Indian journal of veterinary science and animal husbandry - Volume 14,
Year: 1944
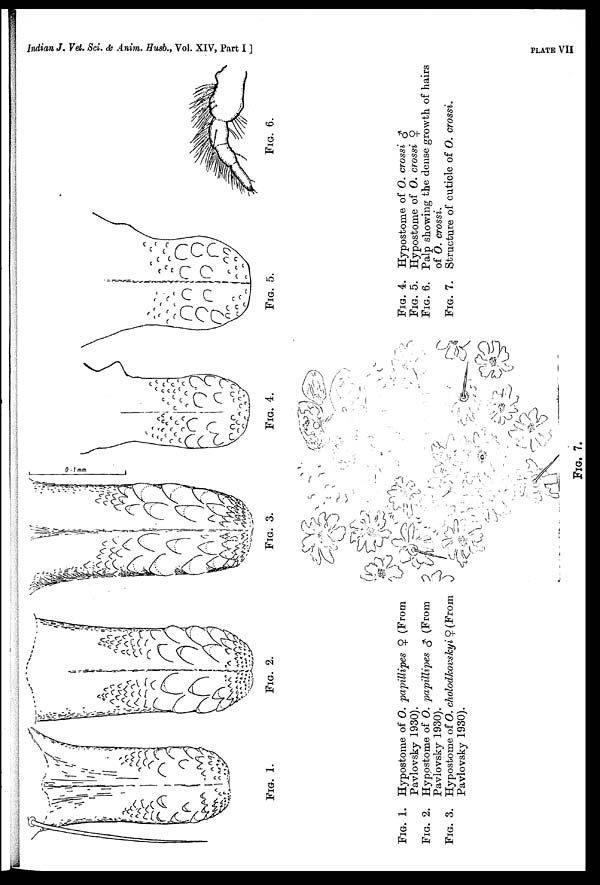
Indian J. Vet. Sci. & Anim. Husb., Vol. XIV, Part I
]
PLATE
VII
FIG. 1.
FIG. 2.
FIG. 3.
FIG. 4.
FIG. 5.
FIG. 6.
FIG. 1. Hypostome of O. papillipes ♀ (From
Pavlovsky 1930).
FIG. 2. Hypostome of O. papillipes ♂ (From
Pavlovsky 1930).
FIG. 3. Hypostome of O. cholodkovskyi ♀ (From
Pavlovsky 1930).
FIG. 4. Hypostome of O. crossi ♂
FIG. 5. Hypostome of O. crossi ♀
FIG. 6. Palp showing the dense growth of hairs
of O. crossi.
FIG. 7. Structure of cuticle of O. crossi.
FIG. 7.